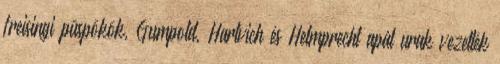
freisingi püspökök, Gumpold, Hartvich és Helmprecht apát urak vezették